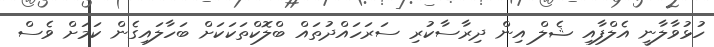
ހުޅުވާލާނީ އެލްފާއި ޝެލް އިން ދިރާސާކުރި ސަރަހައްދުތައް ބްލޮކްތަކަކަށް ބަހާލައިގެން ކަމަށް ވެސް